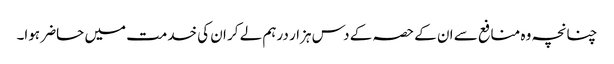
چنانچہ وہ منافع سے ان کے حصہ کے دس ہزار درہم لے کر ان کی خدمت میں حاضر ہوا۔